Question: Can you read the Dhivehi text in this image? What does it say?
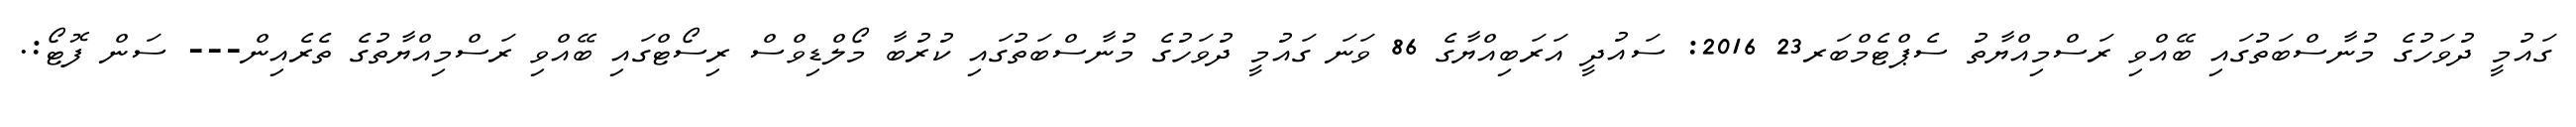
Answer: ގައުމީ ދުވަހުގެ މުނާސްބަތުގައި ބޭއްވި ރަސްމިއްޔާތު ސެޕްޓެމްބަރ23 2016: ސައުދީ އަރަބިއްޔާގެ 86 ވަނަ ގައުމީ ދުވަހުގެ މުނާސްބަތުގައި ކުރުބާ މޯލްޑިވްސް ރިސޯޓްގައި ބޭއްވި ރަސްމިއްޔާތުގެ ތެރެއިން--- ސަން ފޮޓޯ:.